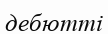
дебютті